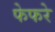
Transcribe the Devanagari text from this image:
फेफरे